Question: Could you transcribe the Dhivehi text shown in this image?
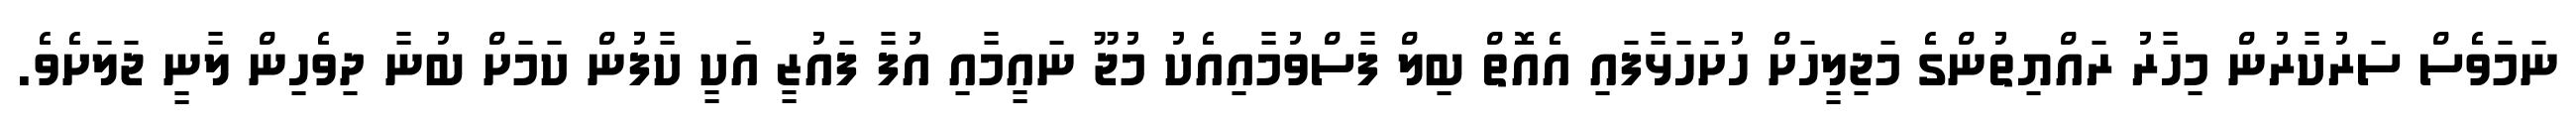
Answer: ނަމަވެސް ސަރުކާރުން މިހާރު ރައްޔިތުންގެ މަޖިލީހަށް ހުށަހަޅާފައި އެއޮތް ބިލް ފާސްވުމާއިއެކު މުޖޫ ނައީމާއި އުފާ ފައުޒީ އަކީ ކާފުން ކަމަށް ބުނާ ދިވެހިން ލާނީ ޖަލަށެވެ.